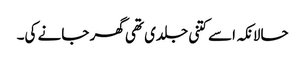
حالانکہ اسے کتنی جلدی تھی گھر جانے کی۔